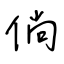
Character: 倘